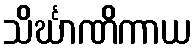
သိင်္ဃာဏိကာယ